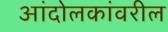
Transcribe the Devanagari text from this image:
आंदोलकांवरील